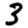
Digit: 3